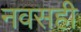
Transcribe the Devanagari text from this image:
नवसही